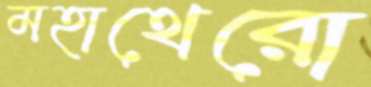
মহাথেরো